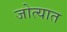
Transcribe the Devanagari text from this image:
जोत्यात